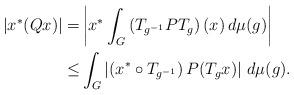
LaTeX: \begin{align*}|x^*(Qx)|=&\left|x^*\int_G\left(T_{g^{-1}}PT_g\right)(x)\, d\mu(g)\right|\\\leq& \int_G\left|\left(x^* \circ T_{g^{-1}}\right)P(T_gx)\right|\, d\mu(g).\end{align*}